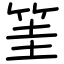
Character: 筀